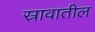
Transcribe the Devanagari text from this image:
स्रावातील